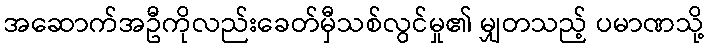
အဆောက်အဦကိုလည်းခေတ်မှီသစ်လွင်မှု၏ မျှတသည့် ပမာဏသို့